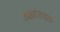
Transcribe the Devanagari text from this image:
रुळांजवळ